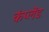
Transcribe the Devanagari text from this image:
कंप्लेंड